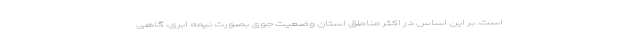
است. بر این اساس در اکثر مناطق استان وضعیت جوی بصورت نیمه ابری، گاهی